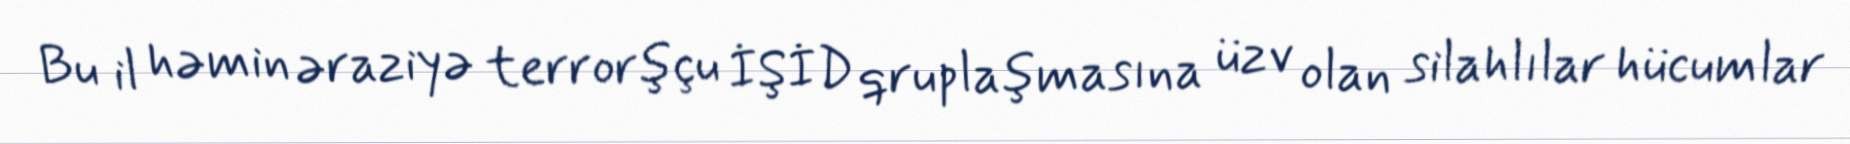
Bu il həmin əraziyə terrorşçu İŞİD qruplaşmasına üzv olan silahlılar hücumlar